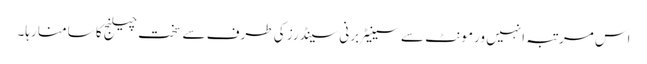
اس مرتبہ انہیں ورمونٹ سے سینیٹر برنی سینڈرز کی طرف سے سخت چیلنج کا سامنا رہا۔